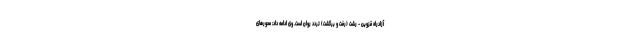
آزادراه قزوین - رشت (رفت و برگشت) تردد روان است. وی ادامه داد: محورهای